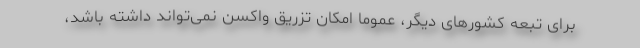
برای تبعه کشورهای دیگر، عموما امکان تزریق واکسن نمی‌تواند داشته باشد،